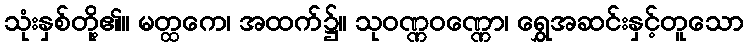
သုံးနှစ်တို့၏။ မတ္ထကေ၊ အထက်၌။ သုဝဏ္ဏဝဏ္ဏော၊ ရွှေအဆင်းနှင့်တူသော